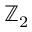
\mathbb { Z } _ { 2 }